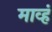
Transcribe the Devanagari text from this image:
माव्हं